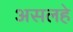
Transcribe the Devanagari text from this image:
असलहे